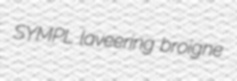
SYMPL laveering broigne